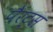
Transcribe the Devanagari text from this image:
पैरट्स